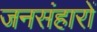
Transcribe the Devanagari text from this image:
जनसंहारों